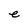
Character: e